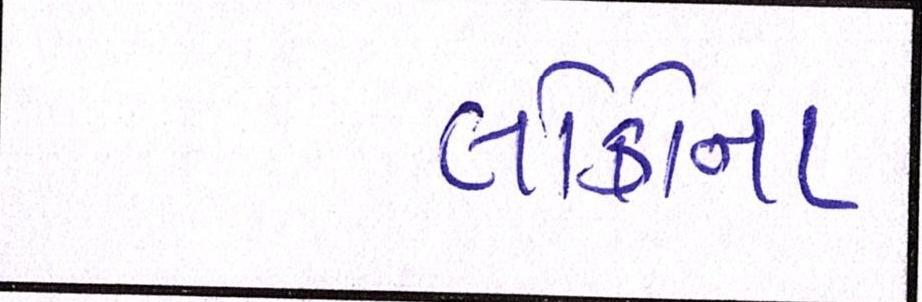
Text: લોકોના